Studies on the mouth parts a Comparative anatomy of the proboscis in the blood-sucking muscidae - Number 60
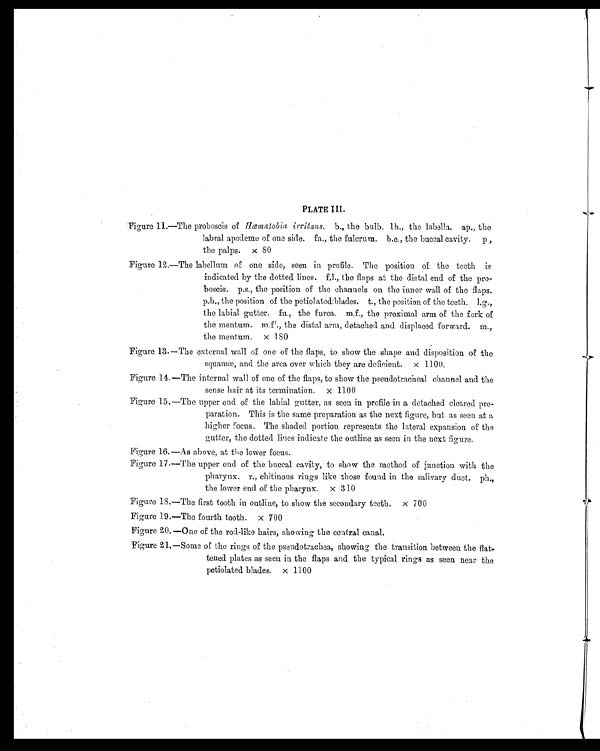
PLATE III.
Figure 11.—The proboscis of Hæmatobia irritans. b., the bulb. lb., the labella. ap., the
labral apodeme of one side. fa., the fulcrum. b.c., the buccal cavity.
p, the palps. x 80
Figure 12.—The labellum of one side, seen in profile. The position of the teeth is
indicated by the dotted lines. f.l., the flaps at the distal end of the pro-
boscis. p.s., the position of the channels on the inner wall of the flaps.
p.b., the position of the petiolated blades. t., the position of the teeth. l.g,,
the labial gutter. fu., the furca. m.f., the proximal arm of the fork of
the mentum. m.f'., the distal arm, detached and displaced forward. m.,
the mentum. x 180
Figure 13.—The external wall of one of the flaps, to show the shape and disposition of the
squamæ, and the area over which they are deficient. x 1100.
Figure 14.—The internal wall of one of the flaps, to show the pseudotracheal channel and the
sense hair at its termination. x 1100
Figure 15.—The upper end of the labial gutter, as seen in profile in a detached cleared pre-
paration. This is the same preparation as the next figure, but as seen at a
higher focus. The shaded portion represents the lateral expansion of the
gutter, the dotted lines indicate the outline as seen in the next figure.
Figure 16.—As above, at the lower focus.
Figure 17.—The upper end of the buccal cavity, to show the method of junction with the
pharynx. r., chitinous rings like these found in the salivary duct. ph.,
the lower end of the pharynx. x 310
Figure 18.—The first tooth in outline, to show the secondary teeth. x 700
Figure 19.—The fourth tooth. x 700
Figure 20.—One of the rod-like hairs, showing the central canal.
Figure 21.—Some of the rings of the pseudotrachea, showing the transition between the flat-
tened plates as seen in the flaps and the typical rings as seen near the
petiolated blades. x 1100